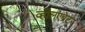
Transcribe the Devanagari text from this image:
व्हीलएब्रेटर